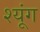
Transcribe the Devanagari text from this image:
श्यूंग